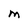
Character: M